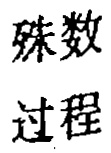
殊数
过程